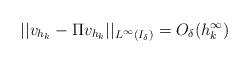
LaTeX: \begin{align*} ||v_{h_k} - \Pi v_{h_k}||_{L^\infty(I_\delta)} = O_\delta(h_k^\infty)\end{align*}